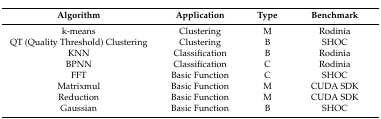
| Algorithm | Application | Type | Benchmark |
 | --- | --- | --- | --- |
 | k-means | Clustering | M | Rodinia |
 | QT (Quality Threshold) Clustering | Clustering | B | SHOC |
 | KNN | Classification | B | Rodinia |
 | BPNN | Classification | C | Rodinia |
 | FFT | Basic Function | C | SHOC |
 | Matrixmul | Basic Function | M | CUDA SDK |
 | Reduction | Basic Function | M | CUDA SDK |
 | Gaussian | Basic Function | B | SHOC |